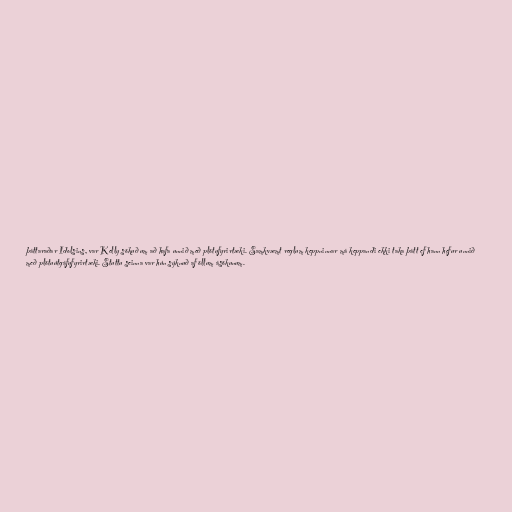
þáttaraðar Idolsins, var Kelly sökuð um að hafa unnið með plötufyrirtæki. Samkvæmt reglum keppninnar má keppandi ekki taka þátt ef hann hefur unnið
með plötuútgáfufyrirtæki. Stuttu seinna var hún sýknuð af öllum ásökunum.